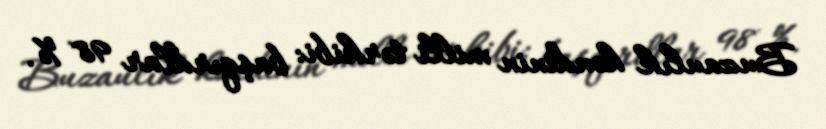
Buzaulık kəndinin milli tərkibi: başqırdlar 98 %.